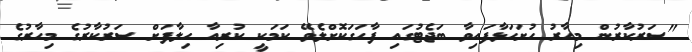
"ސަރުކާރުން މިހާރު ހުށަހަޅާފައިވާ ބަޖެޓުގައި ފާހަގަކޮށްލެވޭ ކަމަކީ ކުރިއާ ހިލާފަށް ސަރުކާރުގެ މިހާރުގެ